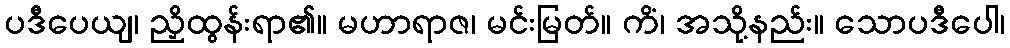
ပဒီပေယျ၊ ညှိထွန်းရာ၏။ မဟာရာဇ၊ မင်းမြတ်။ ကိံ၊ အသို့နည်း။ သောပဒီပေါ၊